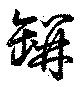
瓶